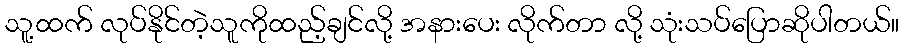
သူ့ထက် လုပ်နိုင်တဲ့သူကိုထည့်ချင်လို့ အနားပေး လိုက်တာ လို့ သုံးသပ်ပြောဆိုပါတယ်။